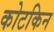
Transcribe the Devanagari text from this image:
कोटकिन